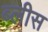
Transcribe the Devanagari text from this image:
ब्लीस